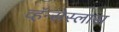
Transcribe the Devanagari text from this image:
व्हॅन्सेस्लास